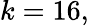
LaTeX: k=16,